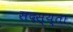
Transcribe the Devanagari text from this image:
सदस्य्ता